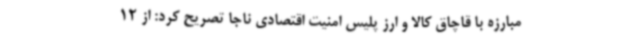
مبارزه با قاچاق کالا و ارز پلیس امنیت اقتصادی ناجا تصریح کرد: از 12